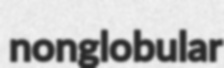
nonglobular